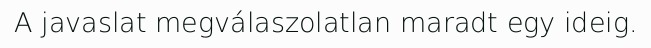
A javaslat megválaszolatlan maradt egy ideig.